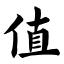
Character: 值